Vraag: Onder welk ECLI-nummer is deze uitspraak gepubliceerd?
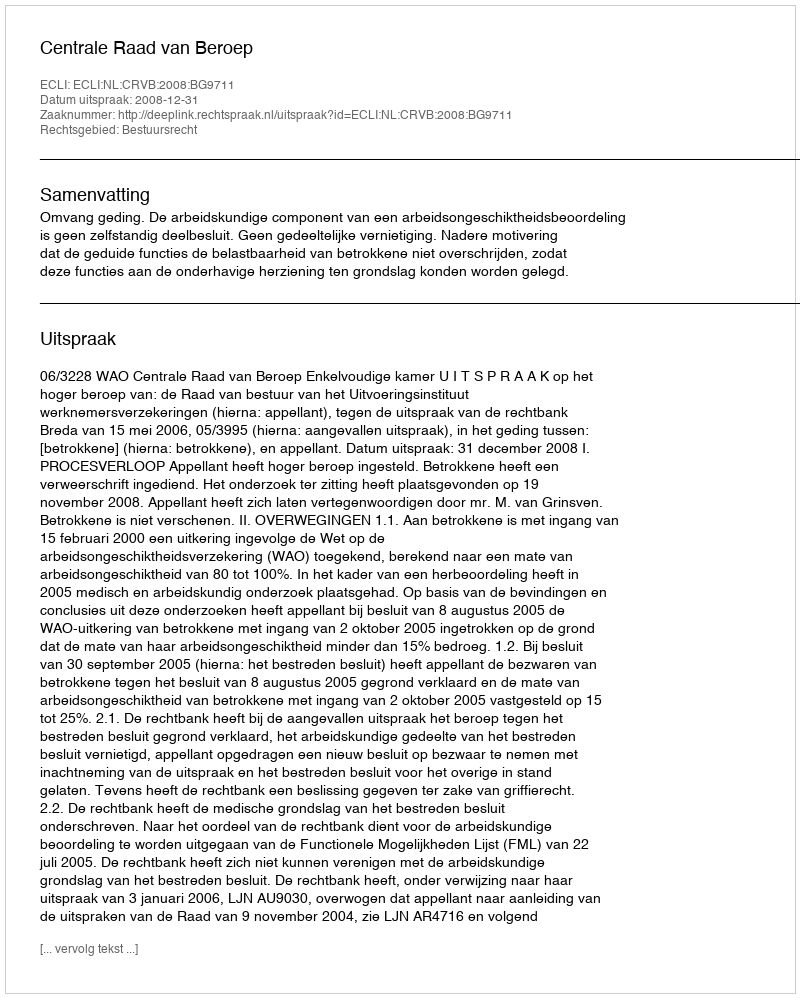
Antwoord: ECLI:NL:CRVB:2008:BG9711